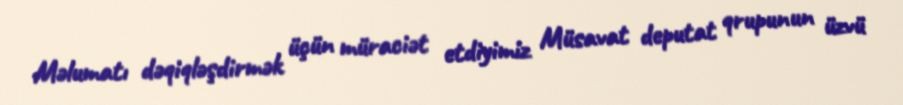
Məlumatı dəqiqləşdirmək üçün müraciət etdiyimiz Müsavat deputat qrupunun üzvü